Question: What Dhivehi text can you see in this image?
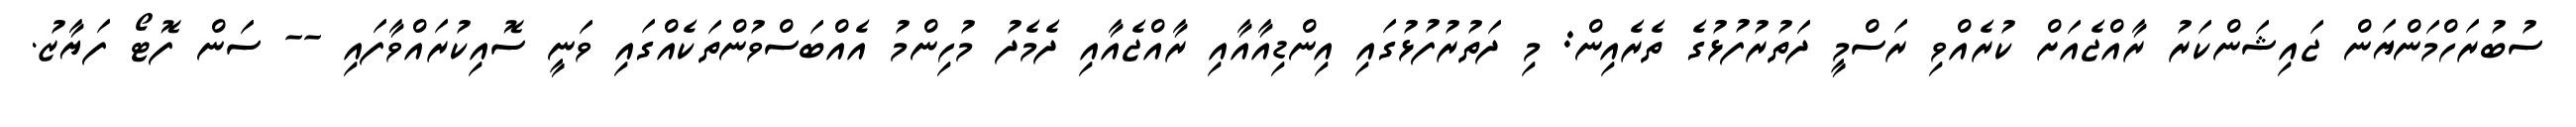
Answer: ސުބުރަހްމަންޔަން ޖައިޝަންކަރު ރާއްޖެއަށް ކުރެއްވި ރަސްމީ ދަތުރުފުޅުގެ ތެރެއިން: މި ދަތުރުފުޅުގައި އިންޑިއާއާއި ރާއްޖެއާއި ދެމެދު މުހިންމު އެއްބަސްވުންތަކެއްގައި ވަނީ ސޮއިކުރައްވާފައި -- ސަން ފޮޓޯ ފަޔާޒު.